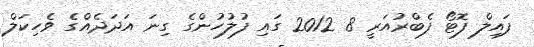
ފައިލް ފޮޓޯ ފެބްރުއަރީ 8 2012 ގައި ފުލުހުންގެ ގިނަ އަދަދެއްގެ ވެހިކަލް